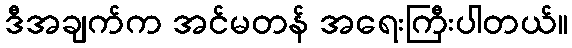
ဒီအချက်က အင်မတန် အရေးကြီးပါတယ်။